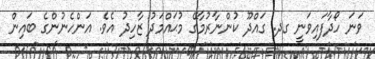
ވަނަ ހޯދާފައިވަަނީ ގދ. ގައްދޫ ކުންނާރުމާގޭ މުޙައްމަދު ޒާހިދު އެވެ. އަންހެނުންގެ ބައިން